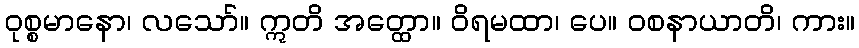
ဝုစ္စမာနော၊ လသော်။ ဣတိ အတ္ထော။ ဝိရမထာ၊ ပေ။ ဝစနာယာတိ၊ ကား။